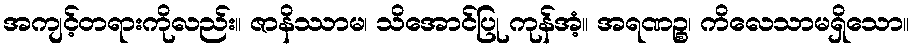
အကျင့်တရားကိုလည်း။ ဇာနိဿာမ၊ သိအောင်ပြု ကုန်အံ့။ အရဏဉ္စ၊ ကိလေသာမရှိသော။